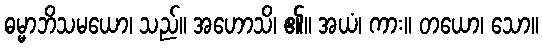
ဓမ္မာဘိသမယော၊ သည်။ အဟောသိ၊ ၏။ အယံ၊ ကား။ တယော၊ သော။